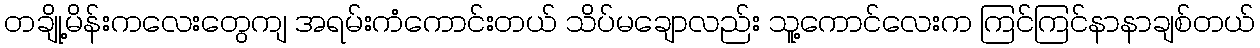
တချို့မိန်းကလေးတွေကျ အရမ်းကံကောင်းတယ် သိပ်မချောလည်း သူ့ကောင်လေးက ကြင်ကြင်နာနာချစ်တယ်